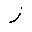
Letter: _zay